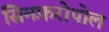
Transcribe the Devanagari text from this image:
सिमफ़रोपोल